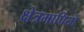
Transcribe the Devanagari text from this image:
क्षेत्रमापियों